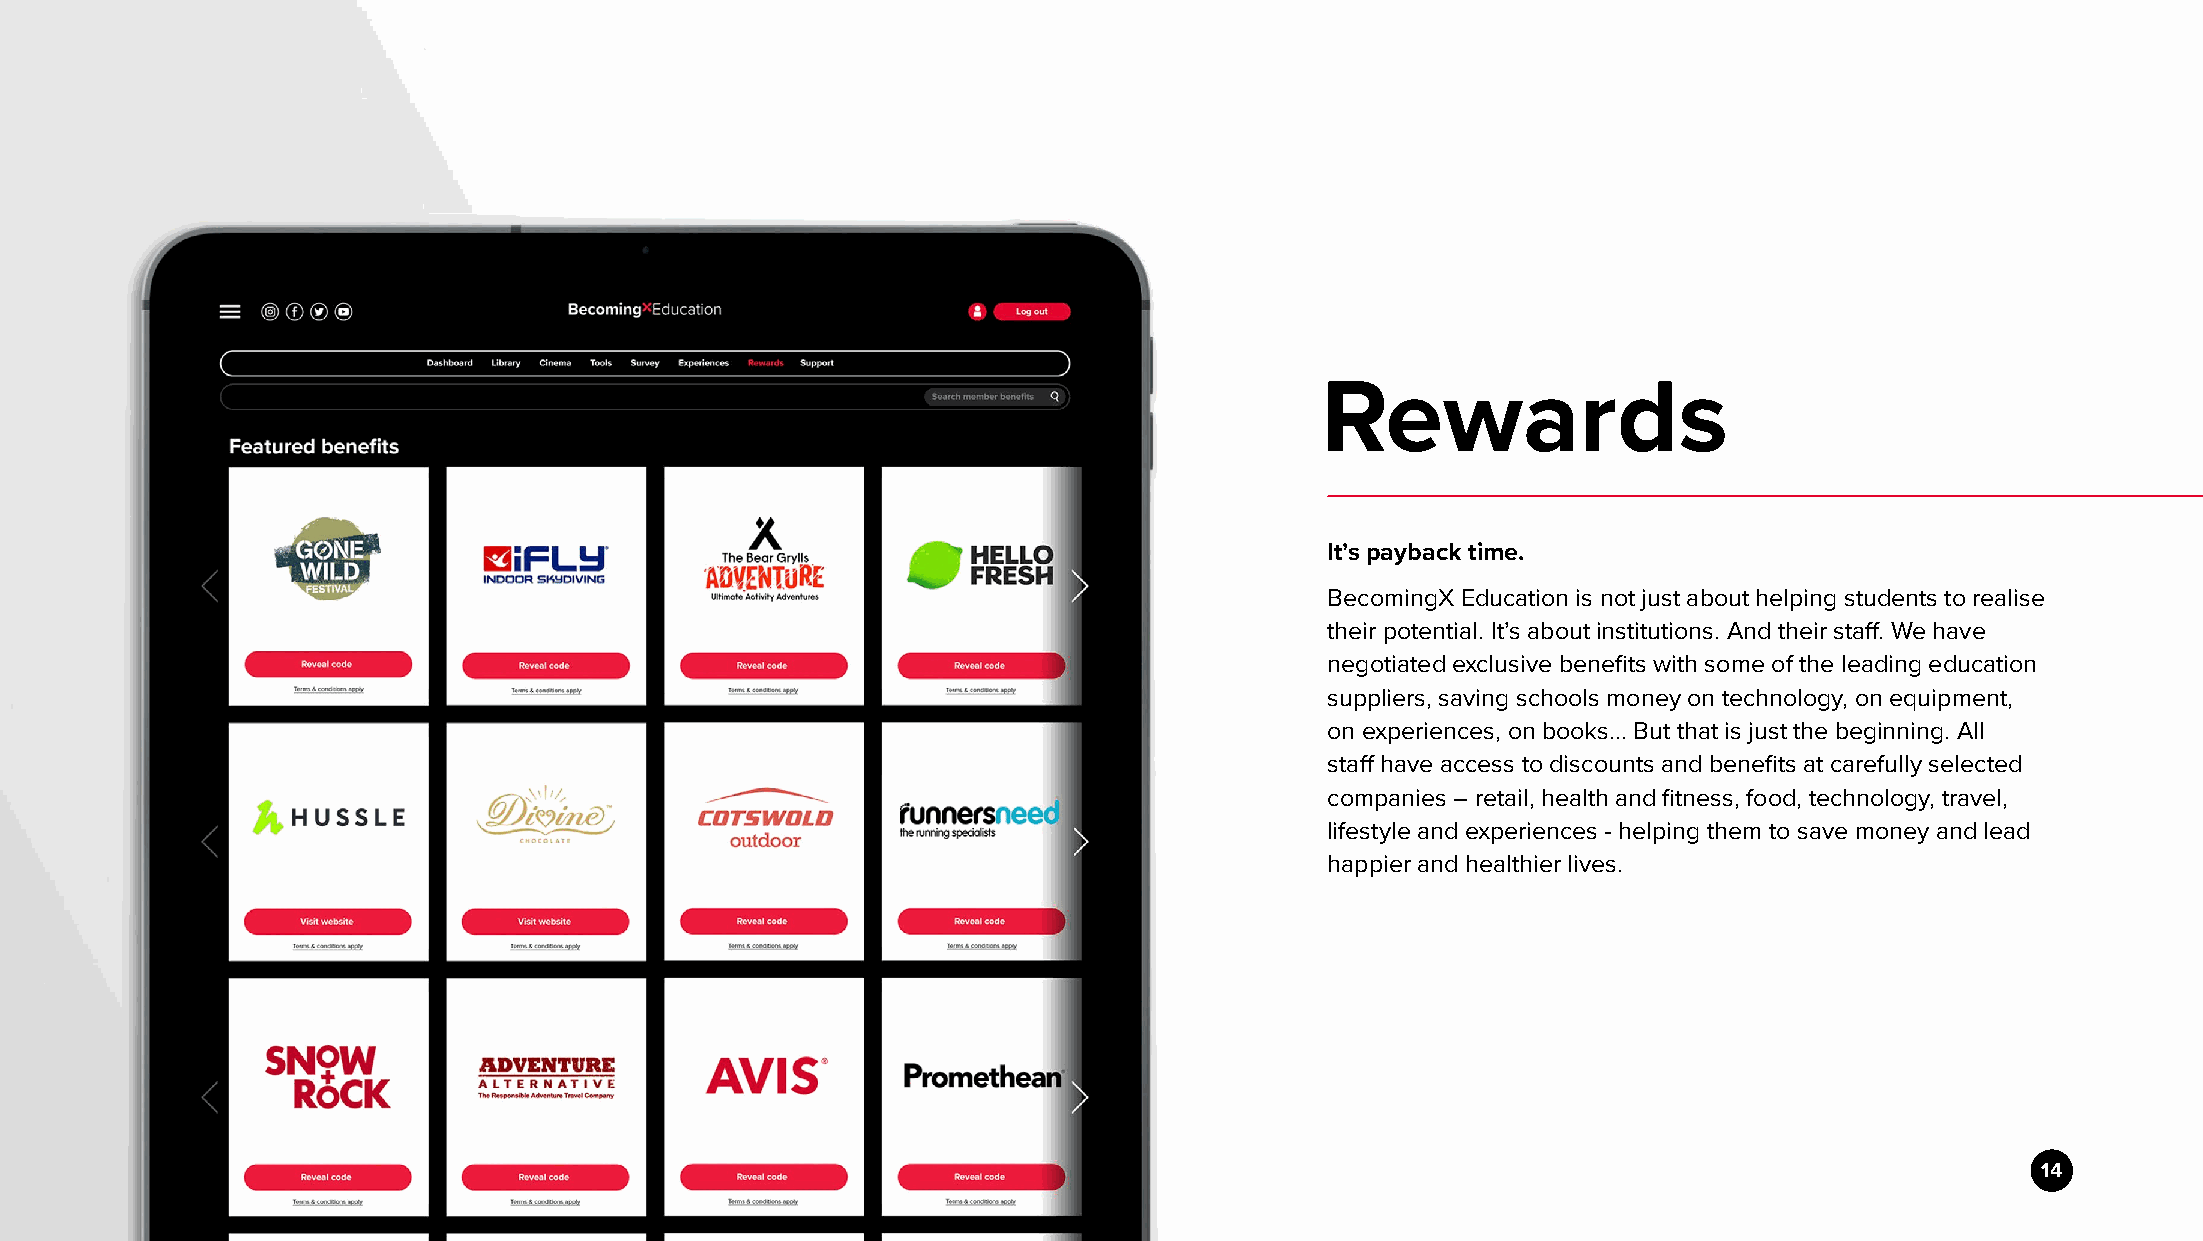
Rewards
 It’s payback time.
 BecomingX Education is not just about helping students to realise
 their potential. It’s about institutions. And their staff. We have
 negotiated exclusive benefits with some of the leading education
 suppliers, saving schools money on technology, on equipment,
 on experiences, on books... But that is just the beginning. All
 staff have access to discounts and benefits at carefully selected
 companies – retail, health and fitness, food, technology, travel,
 lifestyle and experiences - helping them to save money and lead
 happier and healthier lives.
 14